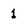
Character: 1